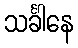
သင်္ခါနေ